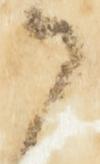
候